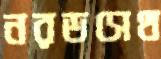
নরডসেথ